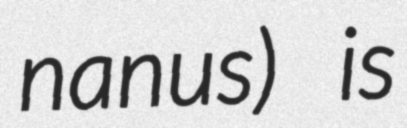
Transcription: nanus) is